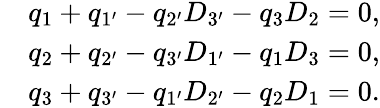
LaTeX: \begin{array}{rl}&{q_{1}+q_{1^{\prime}}-q_{2^{\prime}}{D}_{3^{\prime}}-q_{3}{D}_{2}=0,}\\ &{q_{2}+q_{2^{\prime}}-q_{3^{\prime}}{D}_{1^{\prime}}-q_{1}{D}_{3}=0,}\\ &{q_{3}+q_{3^{\prime}}-q_{1^{\prime}}{D}_{2^{\prime}}-q_{2}{D}_{1}=0.}\end{array}